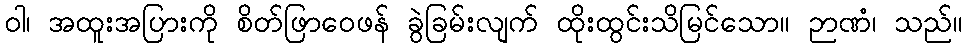
ဝါ၊ အထူးအပြားကို စိတ်ဖြာဝေဖန် ခွဲခြမ်းလျက် ထိုးထွင်းသိမြင်သော။ ဉာဏံ၊ သည်။